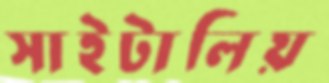
সাইটালিয়